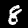
Label: 8